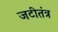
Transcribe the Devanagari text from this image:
जटीतंत्र